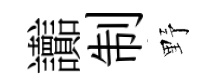
讟制野